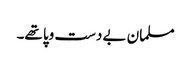
مسلمان بے دست وپا تھے۔